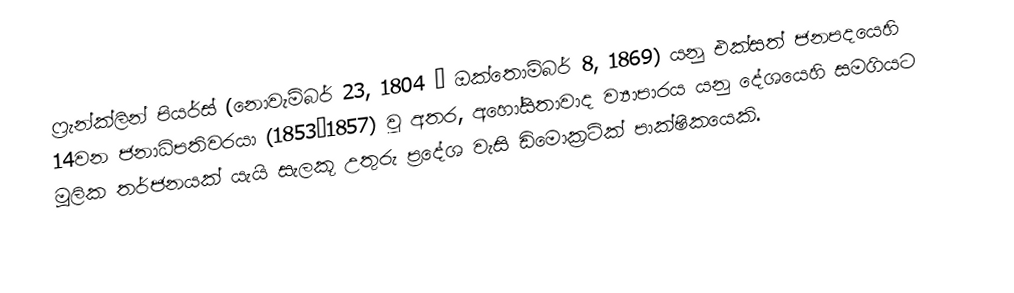
ෆ්‍රැන්ක්ලින් පියර්ස් (නොවැම්බර් 23, 1804 – ඔක්තොම්බර් 8, 1869) යනු එක්සත් ජනපදයෙහි 14වන ජනාධිපතිවරයා (1853–1857) වූ අතර,  අහෝසිතාවාද ව්‍යාපාරය යනු දේශයෙහි සමගියට මූලික තර්ජනයක් යැයි සැලකූ උතුරු ප්‍රදේශ වැසි ඩිමොක්‍රටික් පාක්ෂිකයෙකි.